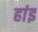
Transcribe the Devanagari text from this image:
हांइ